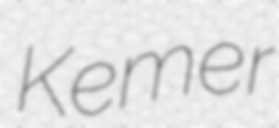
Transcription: Kemer